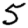
Digit: 5